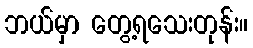
ဘယ်မှာ တွေ့ရသေးတုန်း။